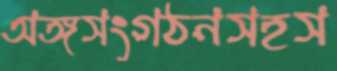
অঙ্গসংগঠনসহস